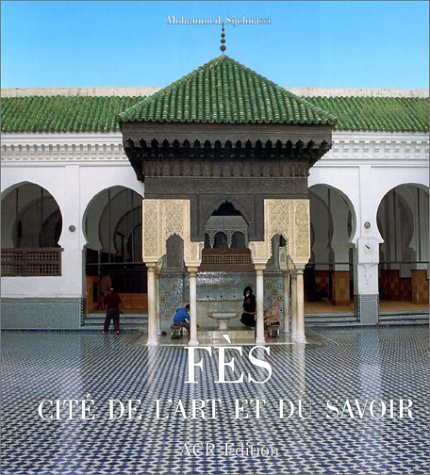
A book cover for Fes, cite de l'Art et du Savoir (French Edition); Mohammed Sijelmassi; Travel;